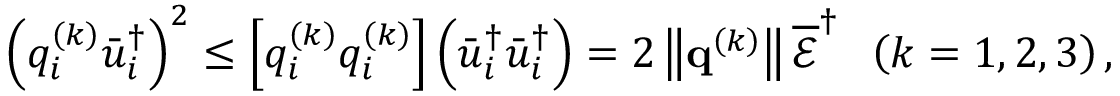
{ \left( { q _ { i } ^ { \left( k \right) } \bar { u } _ { i } ^ { \dag } } \right) ^ { 2 } } \le \left[ { q _ { i } ^ { \left( k \right) } q _ { i } ^ { \left( k \right) } } \right] \left( { \bar { u } _ { i } ^ { \dag } \bar { u } _ { i } ^ { \dag } } \right) = 2 \left\| { { { \bf { q } } ^ { \left( k \right) } } } \right\| \overline { { \mathcal E } } ^ { \dag } \; \; \left( { k = 1 , 2 , 3 } \right) ,